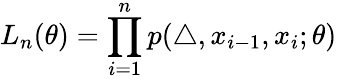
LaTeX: L_{n}(\theta)=\prod_{i=1}^{n}p(\triangle,x_{i-1},x_{i};\theta)